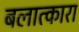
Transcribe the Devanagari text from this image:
बलात्कारा